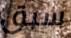
سبق